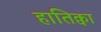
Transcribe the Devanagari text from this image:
हातिक्वा